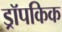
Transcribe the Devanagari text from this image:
ड्रॉपकिक